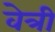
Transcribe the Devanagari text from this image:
वेत्री